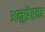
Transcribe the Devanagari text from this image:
अनुप्रेरक